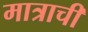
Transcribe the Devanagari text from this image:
मात्राची